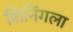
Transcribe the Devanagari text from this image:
शिनिंगला